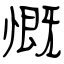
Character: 慨